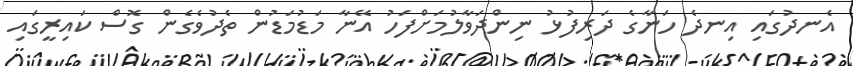
އެނދުގައި އިނދެ ހަނާގެ ދަރިފުޅު ނިންދަވާލުމަށްފަހު އޭނާ މަޑުމަޑުން ތެދުވެގެން ގޮސް ކައިރީގައި